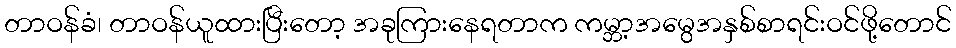
တာဝန်ခံ၊ တာဝန်ယူထားပြီးတော့ အခုကြားနေရတာက ကမ္ဘာ့အမွေအနှစ်စာရင်းဝင်ဖို့တောင်